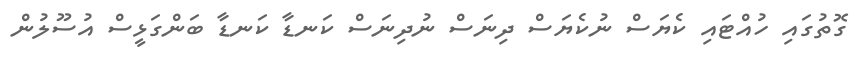
ގޮތުގައި ހުއްޓައި ކެޔަސް ނުކެޔަސް ދިނަސް ނުދިނަސް ކަނޑާ ކަނޑާ ބަންގަޅީސް އުސޫލުން